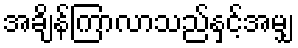
အချိန်ကြာလာသည်နှင့်အမျှ